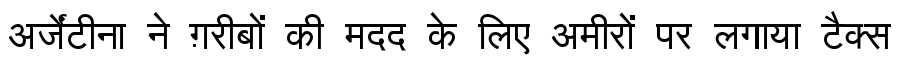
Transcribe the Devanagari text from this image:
अर्जेंटीना ने ग़रीबों की मदद के लिए अमीरों पर लगाया टैक्स